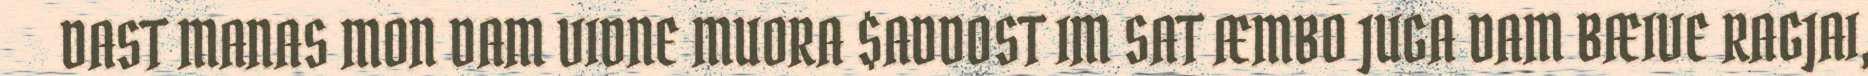
DAST MANAS MON DAM VIDNE MUORA $ADDOST IM SAT ÆMBO JUGA DAM BÆIVE RAGJAI,